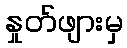
နှုတ်ဖျားမှ